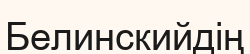
Белинскийдің